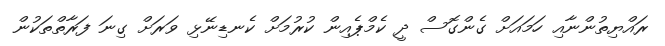
ރައްޔިތުންނާއި ހަމައަށް ގެންގޮސް ދީ ކެމްޕެއިން ކުރުމަށް ކެނޑިނޭޅި ވަރަށް ގިނަ ފަރާތްތަކުން